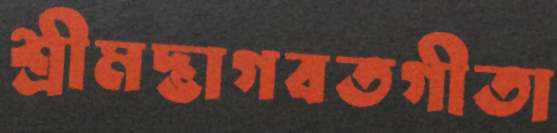
শ্রীমদ্ভাগবতগীতা